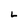
Character: L